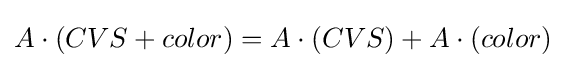
A\cdot (CVS+color)=A\cdot (CVS)+A\cdot (color)